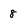
Character: 8